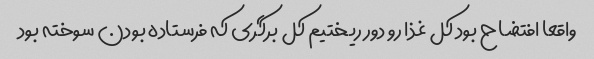
واقعا افتضاح بود کل غذا رو دور ریختیم کل برگری که فرستاده بودن سوخته بود